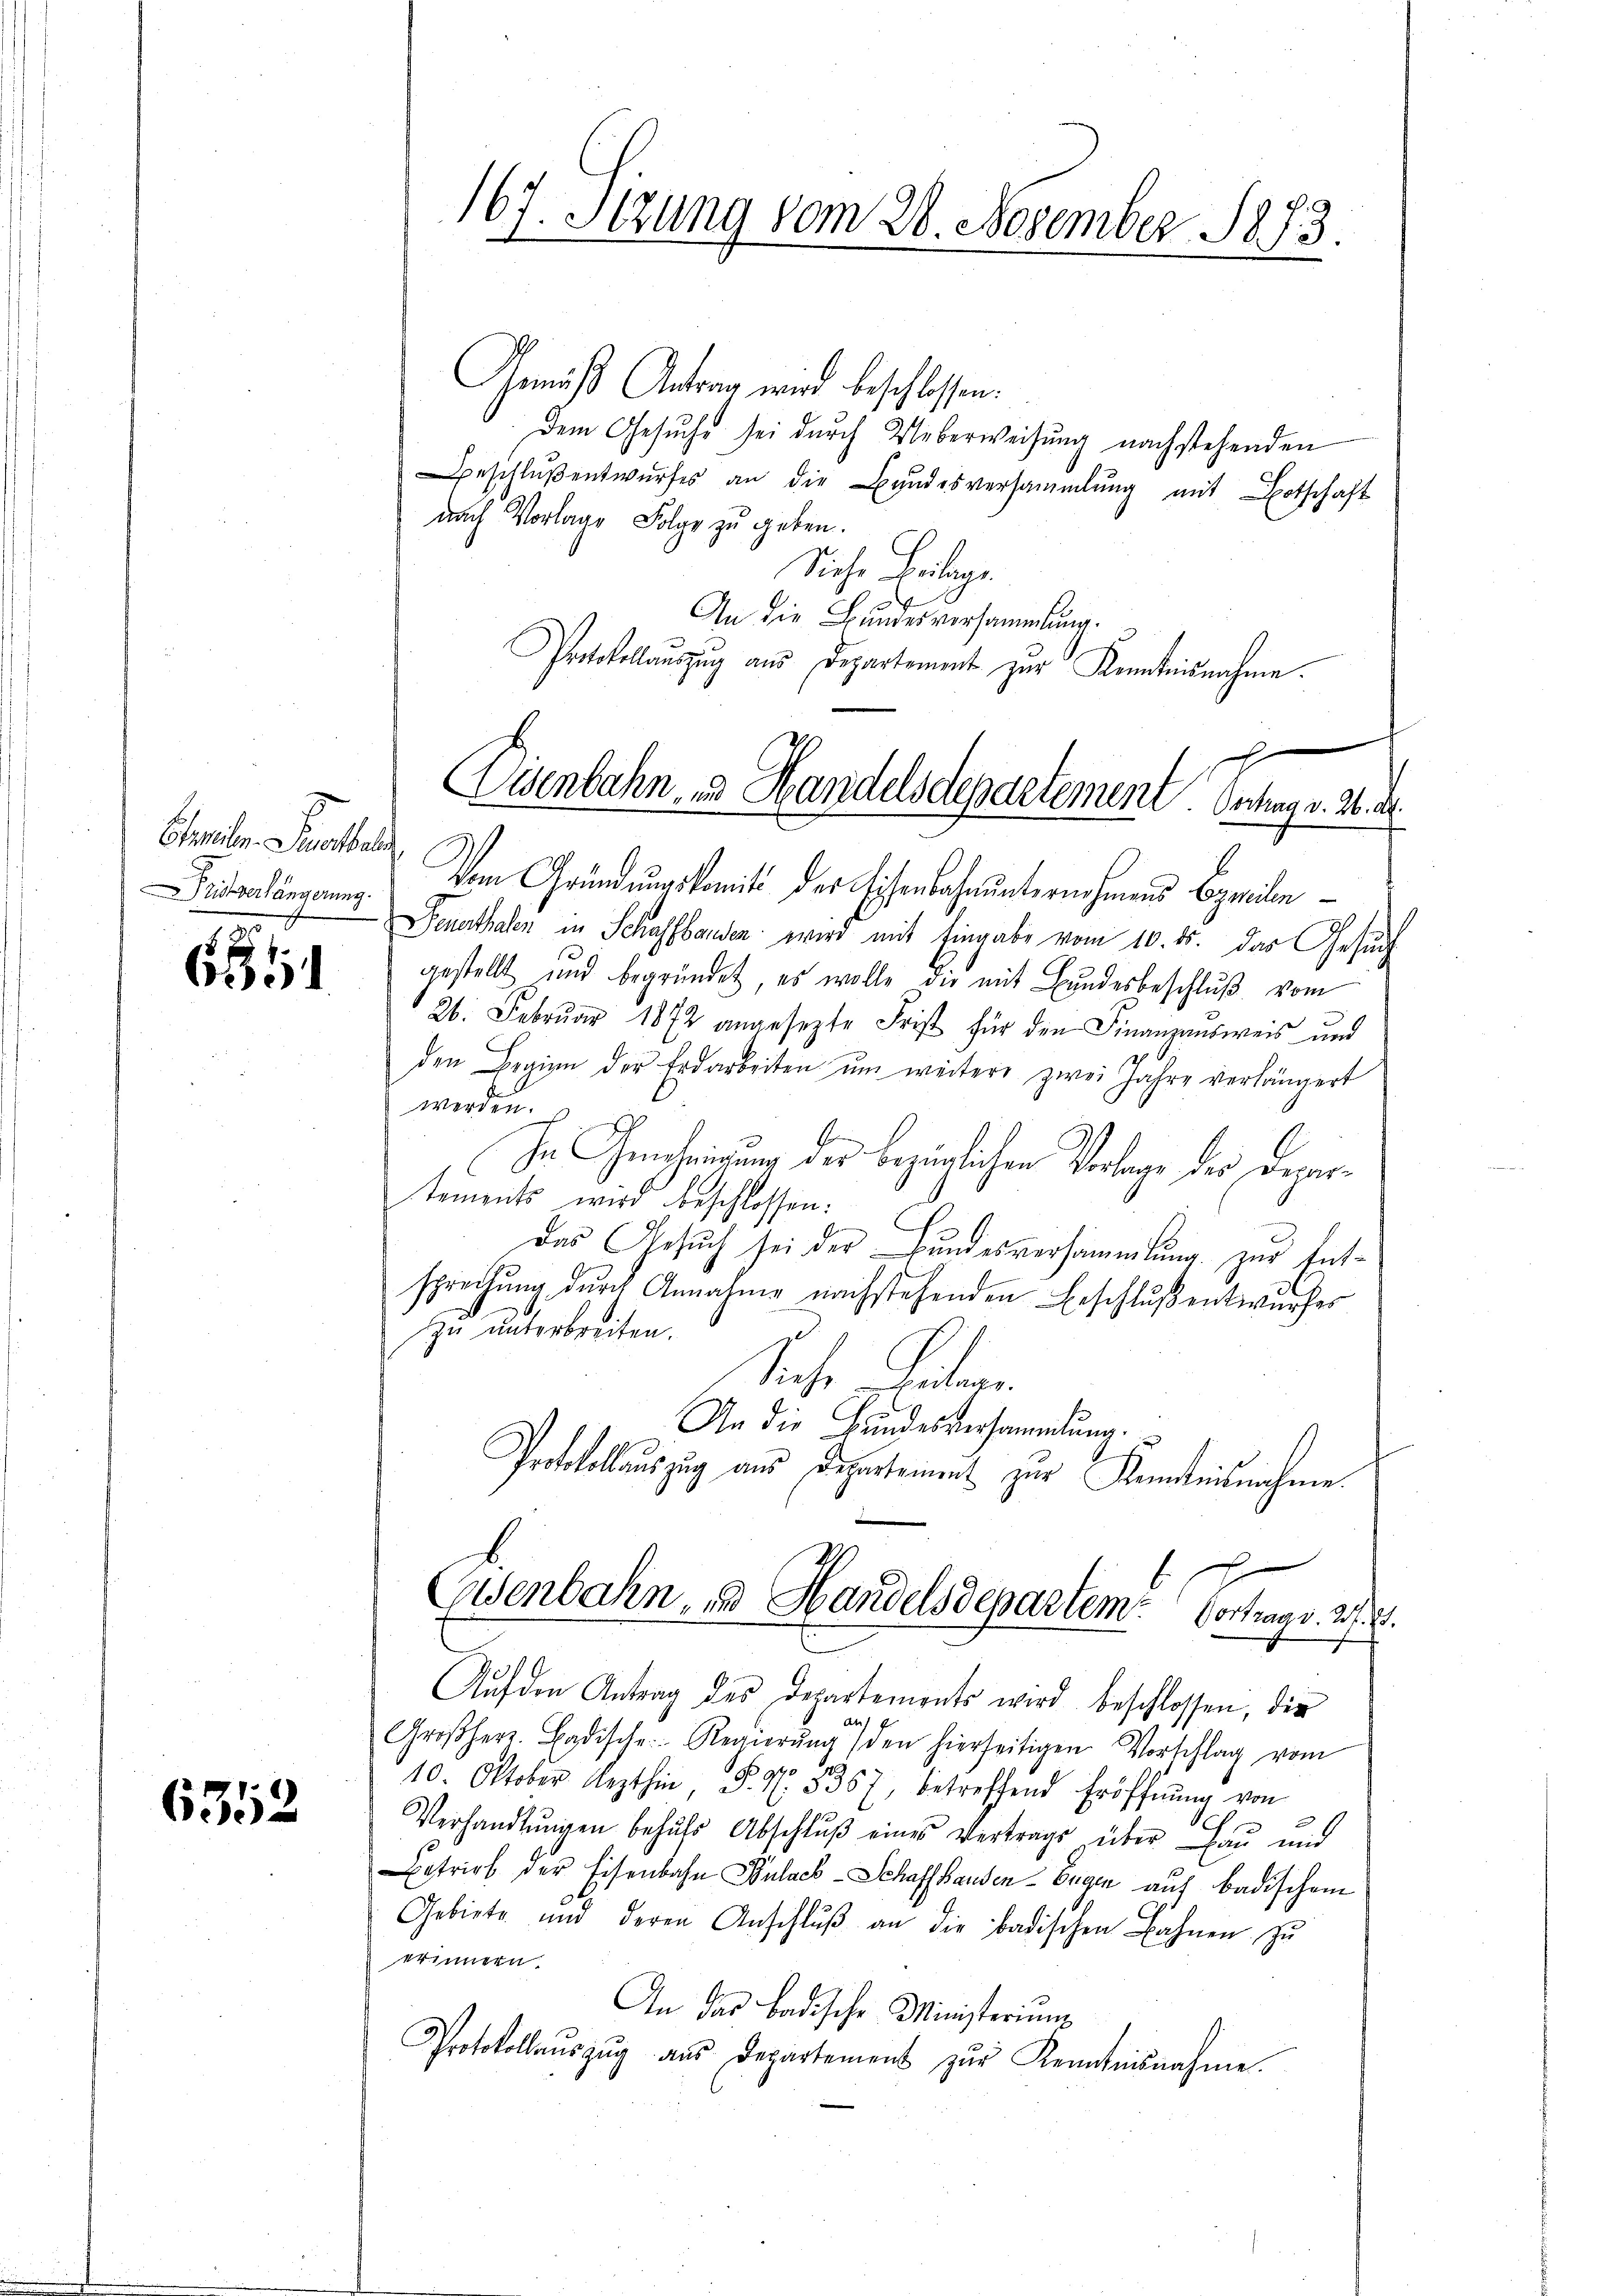
Erteilen. Sobald

18 x
6201

6352

167. Stzung vom 28. November 1873.

Gemäß Antrag wird beschlossen:
dem Gesŭche sei durch Ueberweisŭng nachstehenden
eschlŭβentwŭrfes an die Bundesversammlung mit Botschaft
nach Vorlage Folge zu geben.
Siehe Beilage.
An die Bundesversammlung.
Protokollaŭszŭg aŭs Departement zur Kenntnisnahme.
E
tverlängerung vom Gründungskomité der Eisenbahnunternehmens beymiln
Feuerthalen in Schaffhausen wird mit Eingabe vom 10. ds. das Gesuch
gestellt und begründet, es wolle die mit Bundesbeschluß vom
26. Februar 1872 angesezte Frist für den Finanzausweis und
den Beginn der Erdarbeiten ŭm weitere zwei Jahre verlängert
werden.
In Genehmigung des bezüglichen Vorlage des Departements wird beschlossen:
Das Gesuch sei der Bundesversammlung zur Entsprechung durch Annahme nachstehenden Beschlussentwurfes
zu unterbreiten.
Siche Eitege
An die Bundesversammlung.
Protokollauszug aus Departement zur Kenntnisnahme
Eisenbahn, und Handelsdepartem Vortrag v. 21. 2.
x
Auf den Antrag des Departements wird beschlossen, die
Aus
Groβherr. Badische Regierŭng (den hierseitigen Vorschlag vom
10. Oktober lezthin, P. Nr. 5357, betreffend Eröffnŭng von
Verhandlŭngen behŭfs Abschlŭβ eines Vertrags über Bau und
Betrief der Eisenbahn Bulack-Schaffhausen-Eugen auf badischem
Gebiete und deren Anschlŭβ an die badischen Bahnen zŭ
erinnern.
An das badische Ministerium
Protokollaŭszŭg aŭs Departement zŭr Kenntnisnahme.

isenbahn- u. Handelsdepartement. Schrag v. M. d